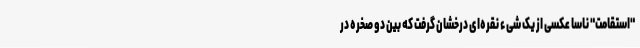
"استقامت" ناسا عکسی از یک شیء نقره‌ای درخشان گرفت که بین دو صخره در